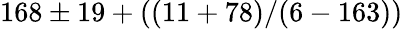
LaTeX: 168\pm 19+((11+78)/(6-163))